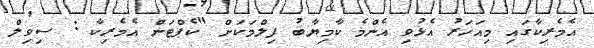
އެމެެރިކާގައި މިއަހަރު އެޅުވި އެންމެ ކާމިޔާބު ފިލްމަކަށް "ކެޕްޓަން އެމެރިކާ : ސިވިލް